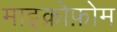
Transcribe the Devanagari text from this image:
माइक्रोफ़ोम